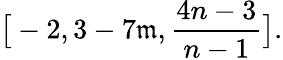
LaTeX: \big[-2,3-7\mathfrak{m},\frac{{4n-3}}{{n-1}}\big].